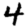
Digit: 4